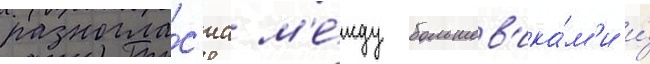
разногла́с'иа м'е́жду большев'ика́м'и и́